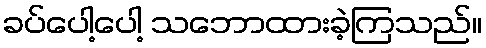
ခပ်ပေါ့ပေါ့ သဘောထားခဲ့ကြသည်။